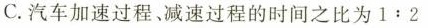
C.汽车加速过程、减速过程的时间之比为1﹔2